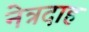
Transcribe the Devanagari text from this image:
नेत्रदाह